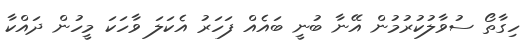
ހިގާތޯ ސުވާލުކުރުމުން އޭނާ ބުނީ ބައެއް ފަހަރު އެކަލަ ވާހަކަ މީހުން ދައްކާ